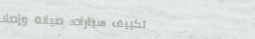
تكييف سيارات: صيانة وإصلا